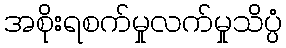
အစိုးရစက်မှုလက်မှုသိပ္ပံ